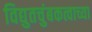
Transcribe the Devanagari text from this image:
विद्युतचुंबकत्वाच्या